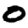
Digit: 0